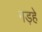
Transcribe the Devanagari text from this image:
गड़हे